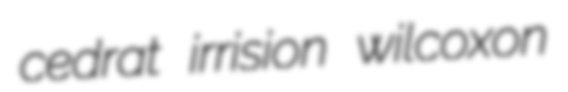
cedrat irrision wilcoxon